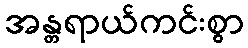
အန္တရာယ်ကင်းစွာ